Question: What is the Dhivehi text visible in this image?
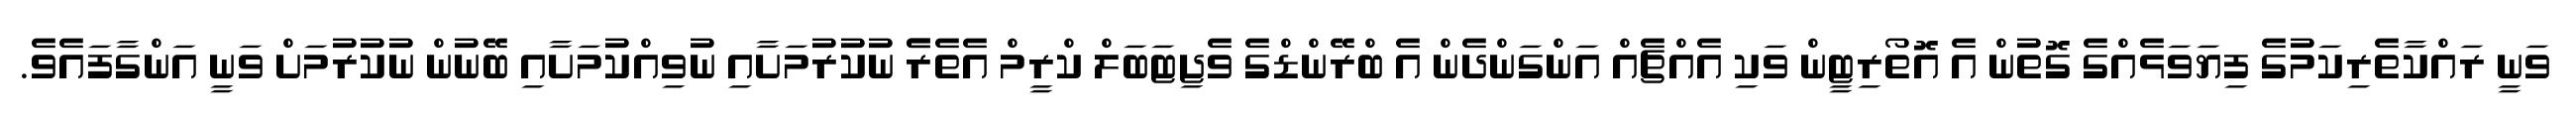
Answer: ވަނީ ރައްކާތެރިކަމުގެ ފިޔަވަޅެއްގެ ގޮތުން އެ އޮތޯރިޓީން ވަކި އެއްޗެއް އަންގަންދެން އެ ބްރޭންޑްގެ ވެޖިޓަބަލް ކްރީމް އެތެރެެ ނުކުރުމަށާއި ނުވިއްކުމަށާއި ބޭނުން ނުކުރުމަށް ވަނީ އަންގާފައެވެ.